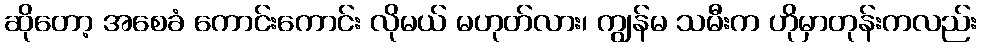
ဆိုတော့ အစေခံ ကောင်းကောင်း လိုမယ် မဟုတ်လား၊ ကျွန်မ သမီးက ဟိုမှာတုန်းကလည်း